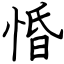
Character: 惛